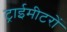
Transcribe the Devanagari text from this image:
ट्राईमीटरों